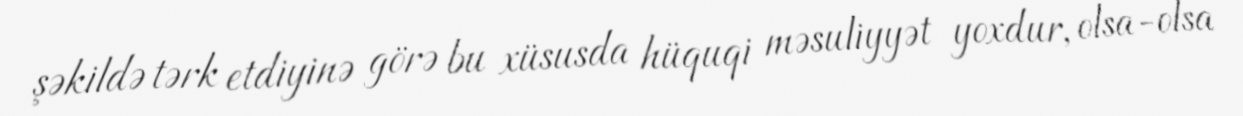
şəkildə tərk etdiyinə görə bu xüsusda hüquqi məsuliyyət yoxdur, olsa-olsa